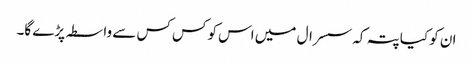
ان کو کیا پتہ کہ سسرال میں اس کو کس کس سے واسطہ پڑے گا۔